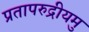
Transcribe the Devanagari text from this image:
प्रतापरुद्रीयमु